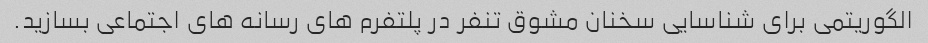
الگوریتمی برای شناسایی سخنان مشوق تنفر در پلتفرم های رسانه های اجتماعی بسازید.